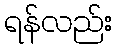
ရန်လည်း